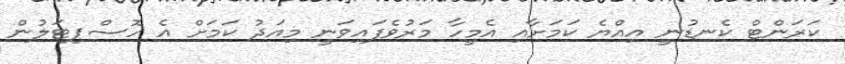
ކަރަންޓް ކެނޑުނީ އިއްޔެ ކަމަށާއި އެމީހާ މަރުވެފައިވަނީ މިއަދު ކަމަށް އެ ހޮސްޕިޓަލުން